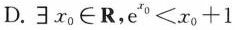
D.\exists x_{0}\in R，$$e ^ { x 0 } < x _ { 0 } + 1$$